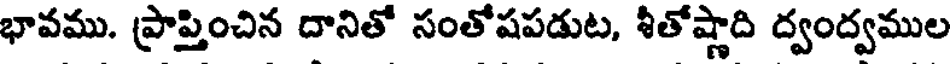
భావము. ప్రాప్తించిన దానితో సంతోషపడుట, శీతోష్ణాది ద్వంద్వముల